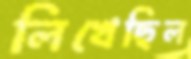
লিখেছিল